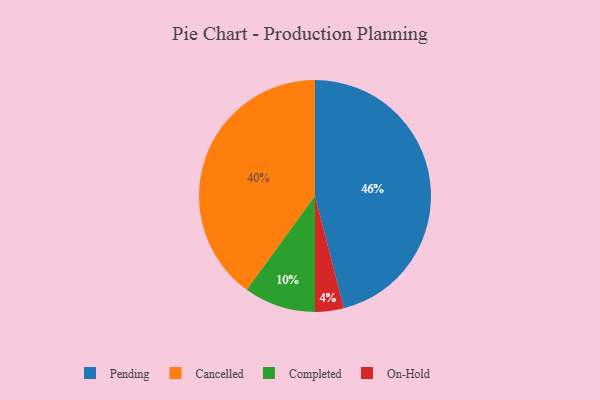
{"axis": {"x": "Category", "y": "Percentage"}, "legend": ["Cancelled", "Completed", "On-Hold", "Pending"], "data": [{"x": "On-Hold", "y": 4, "type": "On-Hold"}, {"x": "Cancelled", "y": 40, "type": "Cancelled"}, {"x": "Pending", "y": 46, "type": "Pending"}, {"x": "Completed", "y": 10, "type": "Completed"}]}